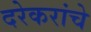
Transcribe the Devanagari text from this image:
दरेकरांचे